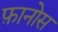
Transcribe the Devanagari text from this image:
फ़ानोस